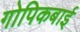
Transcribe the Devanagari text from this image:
गोपिकबाई